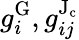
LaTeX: g_{i}^{\mathrm{G}},g_{ij}^{\mathrm{J_{c}}}